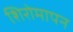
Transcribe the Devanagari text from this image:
शिरोमापन